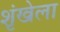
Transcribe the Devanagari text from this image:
शृंखेला